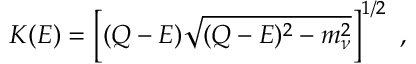
K ( E ) = \left[ ( Q - E ) \sqrt { ( Q - E ) ^ { 2 } - m _ { \nu } ^ { 2 } } \right] ^ { 1 / 2 } \ ,